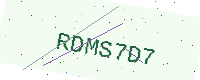
Text: RDMS7D7